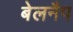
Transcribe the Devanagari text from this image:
बेलनैप